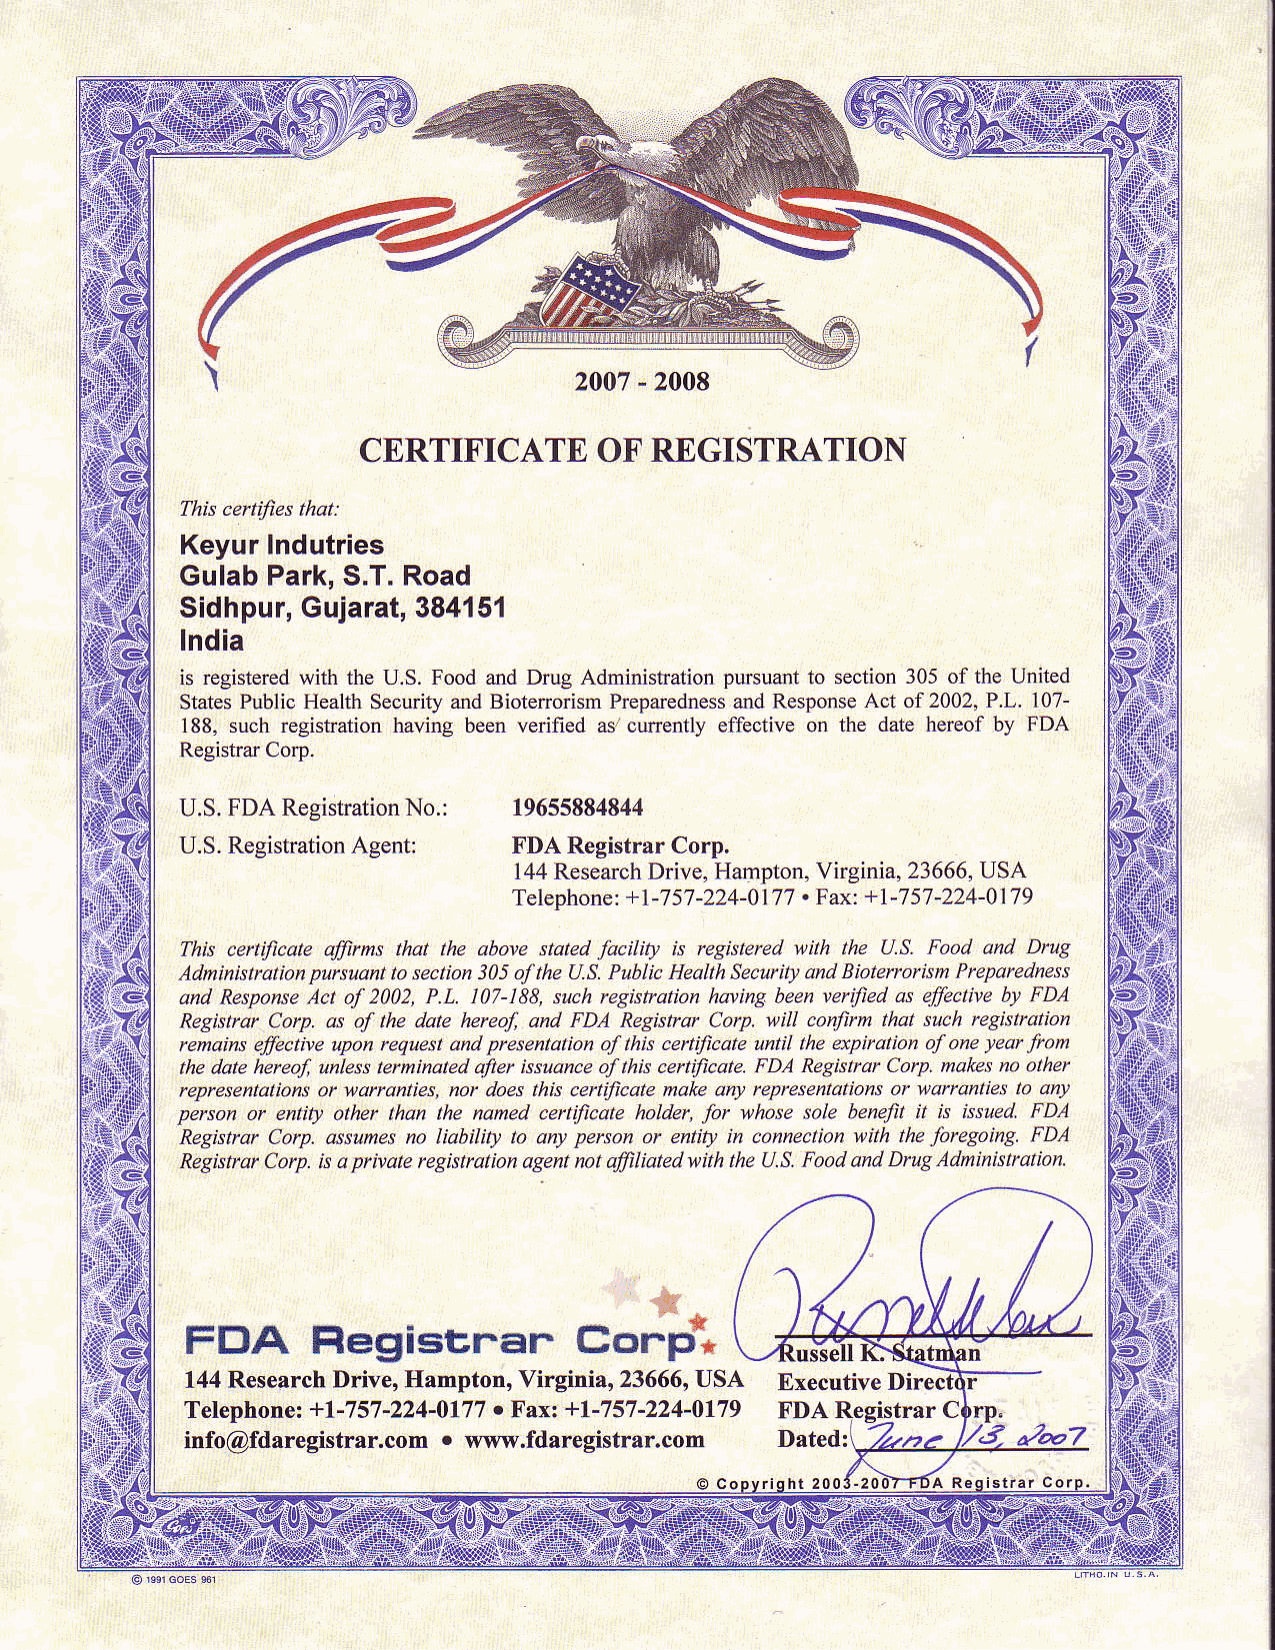
2007- 2008
 CERTIFICATEO      F REGISTRATION
 Thisc ertiJiesth at:
 KeyurI ndutries
 GulabP ark,S .T.R oad
 Sidhpur,G ujarat3, 84151
 lndia
 is registeredw ith the U.S. Food ard Drug Administrationp ursuantt o section3 05 of the United
 StatesP ublicH ealthS ecuritya ndB iotefforismP r€parednesasn dR esponsAec t of 2002,P .L. 107-
 188,s uchr egistrationh avingb eenv erifieda s'cunentlye ffectiveo n the dateh ereofb y FDA
 RegistraCr orp.
 U.SF. DAR egistratiNono .: 19655884844
 FDAR egirtraCr orp,
 144R esearoDhri veH, amptonV,i rginia,2366U6S, A
 T eler.hon+elt- 7 57- 224-017.7 F ^ xt +l -75 7- 224-0719
 This cefltficale alFrrms that lhe abore stated facility is registered *,ith the U.S. Food ahd Drug
 Adthihhttution pu$uant to section3 05 ofthe U.S.P ublic Health 9curily and Bioterrorhn Preparedness
 and ResponseA ct of 2002, P.L. 107-188,s uch rcgistrution hating been wrilied as elfecli,,e by FDA
 Reghtrut Corp. as of the date hereol and FDA Registrur Corp. \rill conlitm that such rcSistalion
 renains dectiw upon rcfuest ahd presentalion of lhis ee\Wate until the erpilation of one year frofi
 the date hereof, unlesst emihaled alter iss ance of this cetificate. FDA Regislnt Corp. nakes no olhet
 represehtaliohso r waftantks, nor does rhis certiftcate makz an, replesentationso r waftahties lo any
 person or enlity othet thah lhe haned ceftifcale holdeL for whose sale beneiit it is issued. FDA
 Registrat Cotp. assuhes no liability to any pe$on or entit! in conneclion with the foregoi g. FDA
 Registtut Cotp. is a prfuate rcgistration agentn ot afriliated with the U.S.F oad and Drug Adninixtra on
 FDA      Ftegistrar       cr&.
 144R esearchD rive, Hampton,V irginia,23666,U SA Executive
 Telephone: +1-757-224-0177t Fsxt +l-757-224-0179 FDA Reei rC
 info@fdaregistrar.com. www,fdaregistrar.com Dated: